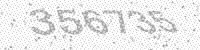
Solution: 356735